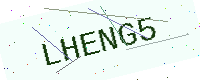
Text: LHENG5